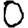
Digit: 0